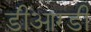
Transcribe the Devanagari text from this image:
डीआरडी